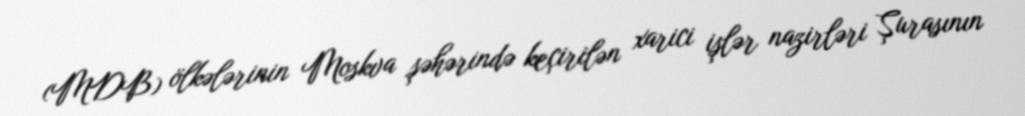
(MDB) ölkələrinin Moskva şəhərində keçirilən xarici işlər nazirləri Şurasının